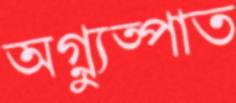
অগ্ন্যুত্পাত